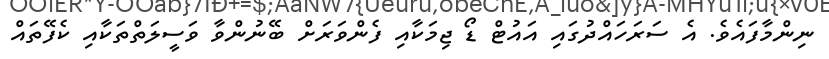
ނިންމާފައެވެ. އެ ސަރަހައްދުގައި އައުޓް ޑޯ ޖިމަކާއި ފެންވަރަށް ބޭނުންވާ ވަސީލަތްތަކާއި ކެފޭތައް